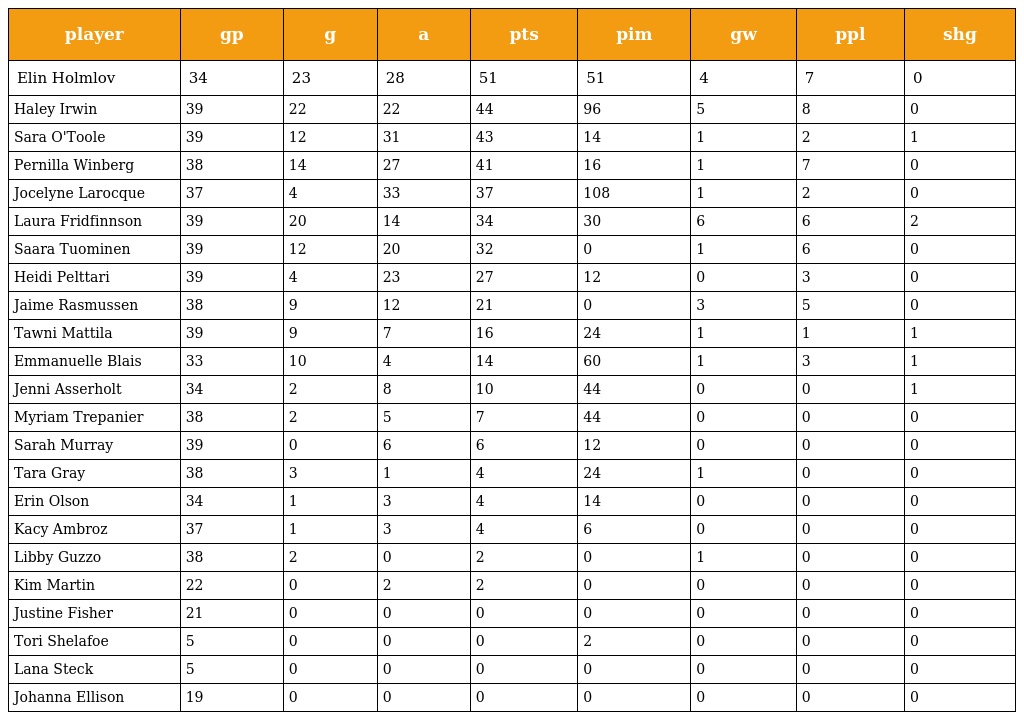
| player | gp | g | a | pts | pim | gw | ppl | shg |
 | --- | --- | --- | --- | --- | --- | --- | --- | --- |
 | Elin Holmlov | 34 | 23 | 28 | 51 | 51 | 4 | 7 | 0 |
 | Haley Irwin | 39 | 22 | 22 | 44 | 96 | 5 | 8 | 0 |
 | Sara O'Toole | 39 | 12 | 31 | 43 | 14 | 1 | 2 | 1 |
 | Pernilla Winberg | 38 | 14 | 27 | 41 | 16 | 1 | 7 | 0 |
 | Jocelyne Larocque | 37 | 4 | 33 | 37 | 108 | 1 | 2 | 0 |
 | Laura Fridfinnson | 39 | 20 | 14 | 34 | 30 | 6 | 6 | 2 |
 | Saara Tuominen | 39 | 12 | 20 | 32 | 0 | 1 | 6 | 0 |
 | Heidi Pelttari | 39 | 4 | 23 | 27 | 12 | 0 | 3 | 0 |
 | Jaime Rasmussen | 38 | 9 | 12 | 21 | 0 | 3 | 5 | 0 |
 | Tawni Mattila | 39 | 9 | 7 | 16 | 24 | 1 | 1 | 1 |
 | Emmanuelle Blais | 33 | 10 | 4 | 14 | 60 | 1 | 3 | 1 |
 | Jenni Asserholt | 34 | 2 | 8 | 10 | 44 | 0 | 0 | 1 |
 | Myriam Trepanier | 38 | 2 | 5 | 7 | 44 | 0 | 0 | 0 |
 | Sarah Murray | 39 | 0 | 6 | 6 | 12 | 0 | 0 | 0 |
 | Tara Gray | 38 | 3 | 1 | 4 | 24 | 1 | 0 | 0 |
 | Erin Olson | 34 | 1 | 3 | 4 | 14 | 0 | 0 | 0 |
 | Kacy Ambroz | 37 | 1 | 3 | 4 | 6 | 0 | 0 | 0 |
 | Libby Guzzo | 38 | 2 | 0 | 2 | 0 | 1 | 0 | 0 |
 | Kim Martin | 22 | 0 | 2 | 2 | 0 | 0 | 0 | 0 |
 | Justine Fisher | 21 | 0 | 0 | 0 | 0 | 0 | 0 | 0 |
 | Tori Shelafoe | 5 | 0 | 0 | 0 | 2 | 0 | 0 | 0 |
 | Lana Steck | 5 | 0 | 0 | 0 | 0 | 0 | 0 | 0 |
 | Johanna Ellison | 19 | 0 | 0 | 0 | 0 | 0 | 0 | 0 |